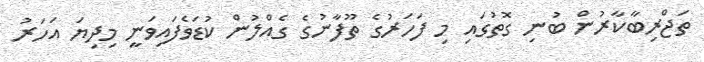
ތަޖްރިބާކާރުން ބުނި ގޮތުގައި މި ފަހަރުގެ ތޫފާނުގެ ގެއްލުން ކުޑަވެފައިވަނީ މިދިޔަ އަހަރު